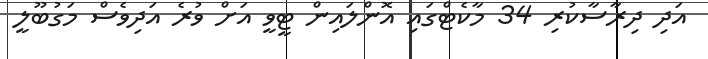
އަދި ދިރާސާކުރި 34 މާކެޓްގައި އޮންލައިން ޓީވީ އަށް ވުރެ އަދިވެސް މަގުބޫލީ